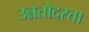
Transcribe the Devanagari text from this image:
उन्नतोदरता